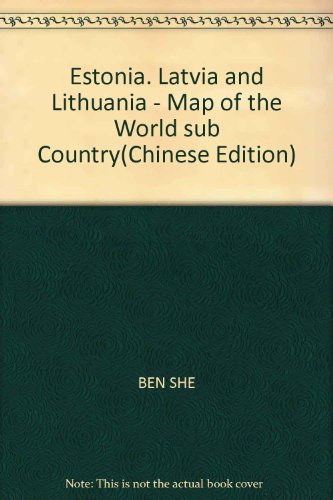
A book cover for Estonia, Latvia and Lithuania - Map of the World sub Country; BEN SHE; Travel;